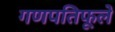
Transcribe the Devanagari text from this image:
गणपतिफूले